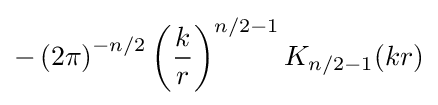
-\left(2\pi \right)^{-n/2}\left({\frac {k}{r}}\right)^{n/2-1}K_{n/2-1}(kr)